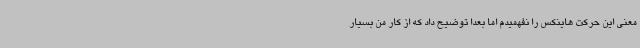
معنی این حرکت هاینکس را نفهمیدم اما بعدا توضیح داد که از کار من بسیار